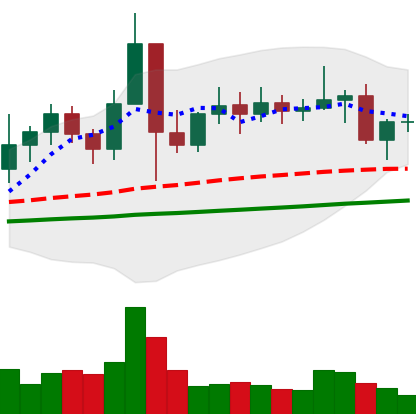
Ticker: ETC-USD
Chart end date: 2021-01-23
Forward return: 3.319%
Label: up_3_5